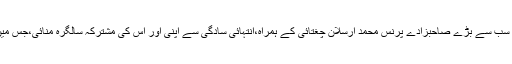
امسال انہوں نے یکم نومبر ٢٠١٥ئ، بروز اتوار، اپنے سب سے بڑے صاحبزادے پرنس محمد ارسلان چغتائی کے ہمراہ،انتہائی سادگی سے اپنی اور اس کی مشترکہ سالگرہ منائی،جس میںاہل خانہ کے علاوہ کسی کو دعوت نہیں دی گئی تھی۔